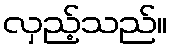
လှည့်သည်။